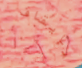
بإيقاف